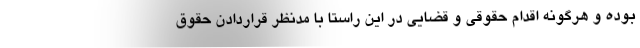
بوده و هرگونه اقدام حقوقی و قضایی در این راستا با مدنظر قراردادن حقوق